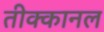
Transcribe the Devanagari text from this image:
तीक्कानल